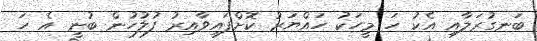
ބަނގުރަލާއި އެކު ހަ މީހަކު ހައްޔަރު ކޮށްފައިވާއިރު ފުލުހުން ބުނީ އެ ހަ